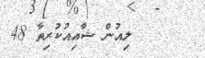
ލިއުން ޝާއިއުކުރިތާ 48